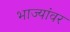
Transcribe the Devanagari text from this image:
भाज्यांवर